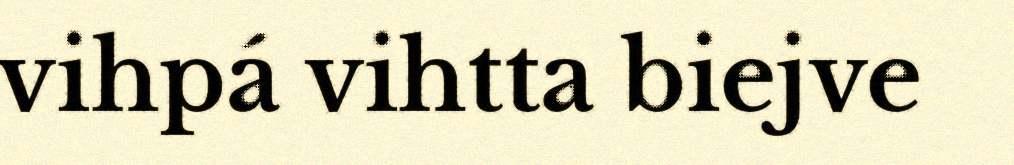
vihpá vihtta biejve